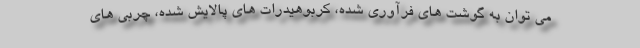
می توان به گوشت های فرآوری شده، کربوهیدرات های پالایش شده، چربی های